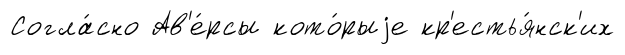
Согла́сно Ав'е́рсы кото́рыjе кр'естья́нск'их